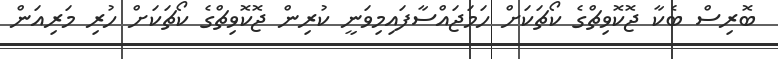
ބޮރިސް ބެކާ ޖޮކޮވިޗްގެ ކޯޗަކަށް ހަމަޖައްސާފައިމިވަނީ ކުރިން ޖޮކޮވިޗްގެ ކޯޗަކަށް ހުރި މަރިއަން